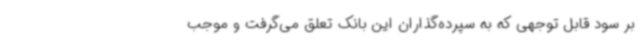
بر سود قابل توجهی که به سپرده‌گذاران این بانک تعلق می‌گرفت و موجب